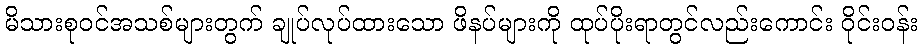
မိသားစုဝင်အသစ်များတွက် ချုပ်လုပ်ထားသော ဖိနပ်များကို ထုပ်ပိုးရာတွင်လည်းကောင်း ဝိုင်းဝန်း